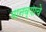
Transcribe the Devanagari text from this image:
मानव्याचे